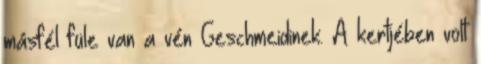
másfél füle van a vén Geschmeidinek. A kertjében volt